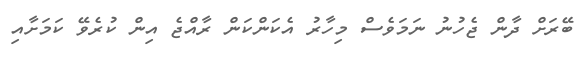
ބޭރަށް ދާން ޖެހުނު ނަމަވެސް މިހާރު އެކަންކަން ރާއްޖެ އިން ކުރެވޭ ކަމަށާއި